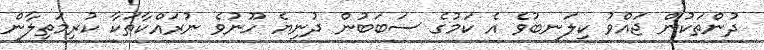
ދުންތަކުން ޖައްވު ކިލަނބުވެ އެ ކަމުގެ ސަބަބުން ދުނިޔެ ހޫނުވެ ނުރައްކާތަކާ ކުރިމަތިލާން